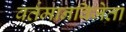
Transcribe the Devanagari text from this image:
वर्तमानविजेता